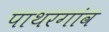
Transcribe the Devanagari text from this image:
पाथरगांव